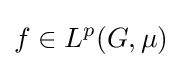
f\in L^{p}(G,\mu )